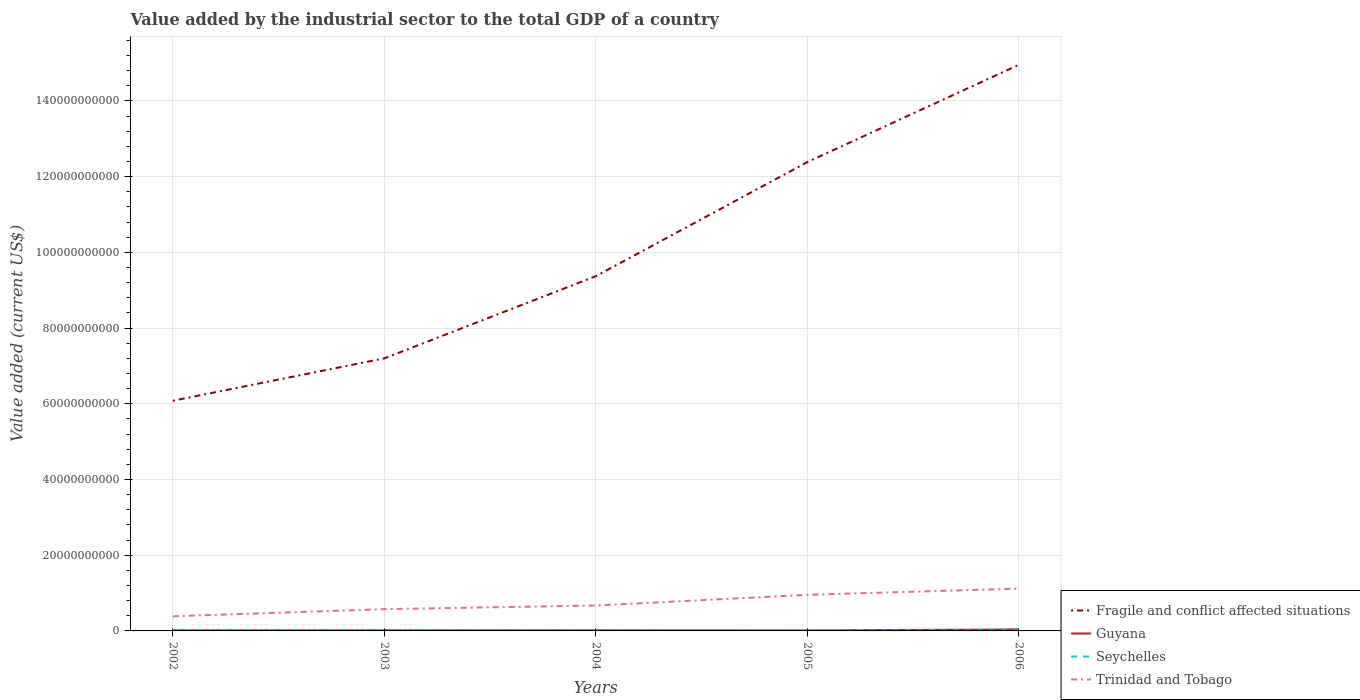
| Years | Fragile and conflict affected situations | Guyana | Seychelles | Trinidad and Tobago |
 | --- | --- | --- | --- | --- |
 | 2002 | 6.08e+10 | 1.77e+08 | 2.11e+08 | 3.87e+09 |
 | 2003 | 7.2e+10 | 1.73e+08 | 1.93e+08 | 5.75e+09 |
 | 2004 | 9.37e+10 | 1.78e+08 | 1.24e+08 | 6.71e+09 |
 | 2005 | 1.24e+11 | 1.38e+08 | 1.51e+08 | 9.53e+09 |
 | 2006 | 1.5e+11 | 3.94e+08 | 1.65e+08 | 1.12e+10 |